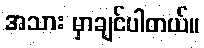
အသား မှာချင်ပါတယ်။